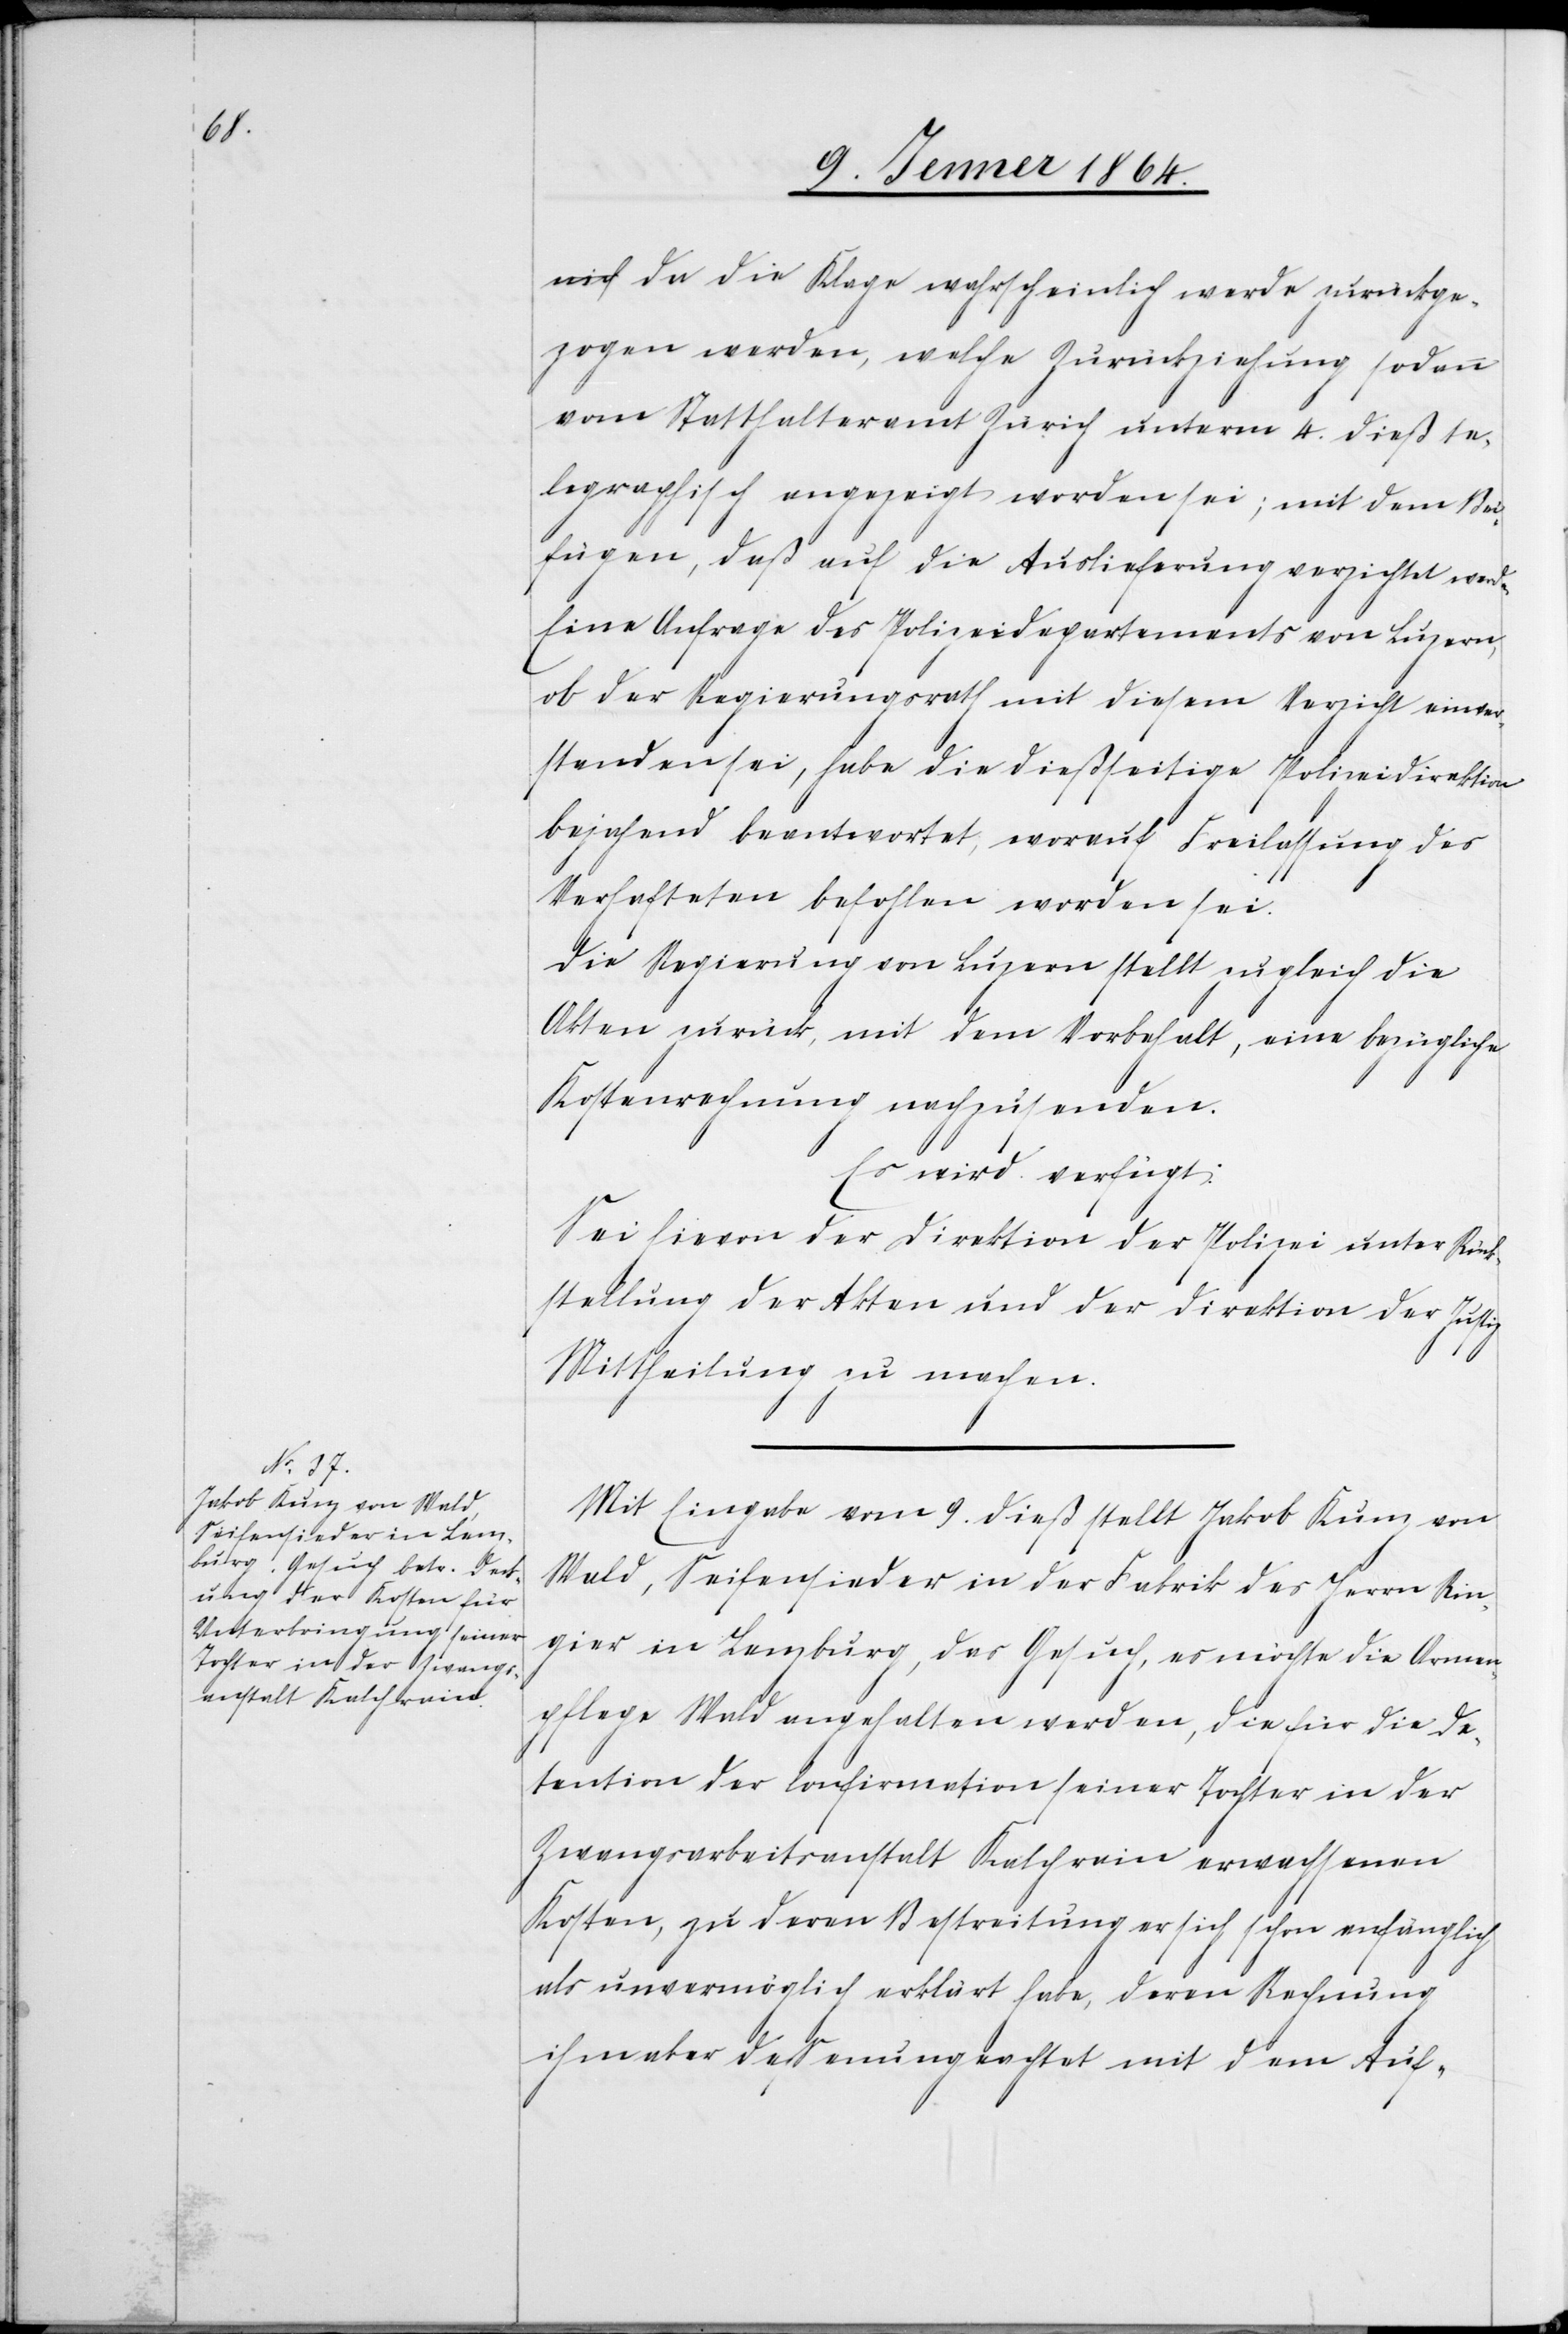
11. Jenner 1864.]
da die Klage wahrscheinlich werde zurückge¬
zogen werden, welche Zurückziehung sodann
vom Statthalteramt Zürich unterm 4. dieß te¬
legraphisch angezeigt worden sei; mit dem Bei¬
fügen, daß auf die Auslieferung verzichtet werde.
Eine Anfrage des Polizeidepartements von Luzern,
ob der Regierungsrath mit diesem Verzicht einver¬
standen sei, habe die dießseitige Polizeidirektion
bejahend beantwortet, worauf Freilassung des
Verhafteten befohlen worden sei.
Die Regierung von Luzern stellt zugleich die
Akten zurück, mit dem Vorbehalt, eine bezügliche
Kostenrechnung nachzusenden.
Es wird verfügt:
Sei hievon der Direktion der Polizei unter Rück¬
stellung der Akten und der Direktion der Justiz
Mittheilung zu machen.
Mit Eingabe vom 9. dieß stellt Jakob Kunz von
Wald, Seifensieder in der Fabrik des Herrn Rin¬
gier in Lenzburg, das Gesuch, es möchte die Armen¬
pflege Wald angehalten werden, die für die De¬
tention der Confirmation seiner Tochter in der
Zwangsarbeitsanstalt Kalchrain erwachsenen
Kosten, zu deren Bestreitung er sich schon anfänglich
als unvermöglich erklärt habe, deren Rechnung
ihm aber dessen ungeachtet mit dem Auf-